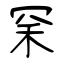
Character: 罙